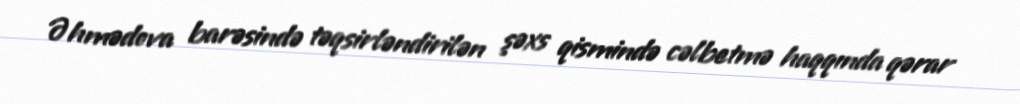
Əhmədova barəsində təqsirləndirilən şəxs qismində cəlbetmə haqqında qərar